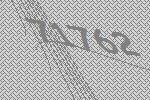
71762